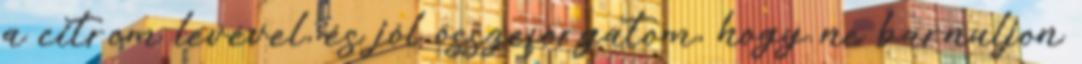
a citrom levével, és jól összeforgatom, hogy ne barnuljon